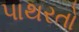
પાથરતો